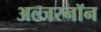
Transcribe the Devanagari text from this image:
अल्जरनॉन